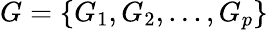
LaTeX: G=\{ G_{1},G_{2},...,G_{p}\}